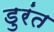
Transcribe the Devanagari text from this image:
डुरंत